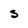
Character: S